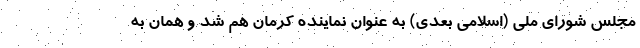
مجلس شورای ملی (اسلامی بعدی) به عنوان نماینده کرمان هم شد و همان به